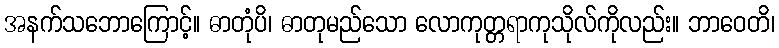
အနက်သဘောကြောင့်။ ဓာတုံပိ၊ ဓာတုမည်သော လောကုတ္တရာကုသိုလ်ကိုလည်း။ ဘာဝေတိ၊